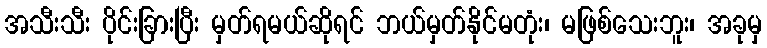
အသီးသီး ပိုင်းခြားပြီး မှတ်ရမယ်ဆိုရင် ဘယ်မှတ်နိုင်မတုံး၊ မဖြစ်သေးဘူး၊ အခုမှ